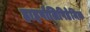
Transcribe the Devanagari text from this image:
हाइपोलिपिडेमिक